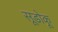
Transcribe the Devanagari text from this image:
सूडोकू